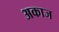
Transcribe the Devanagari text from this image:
अकाज